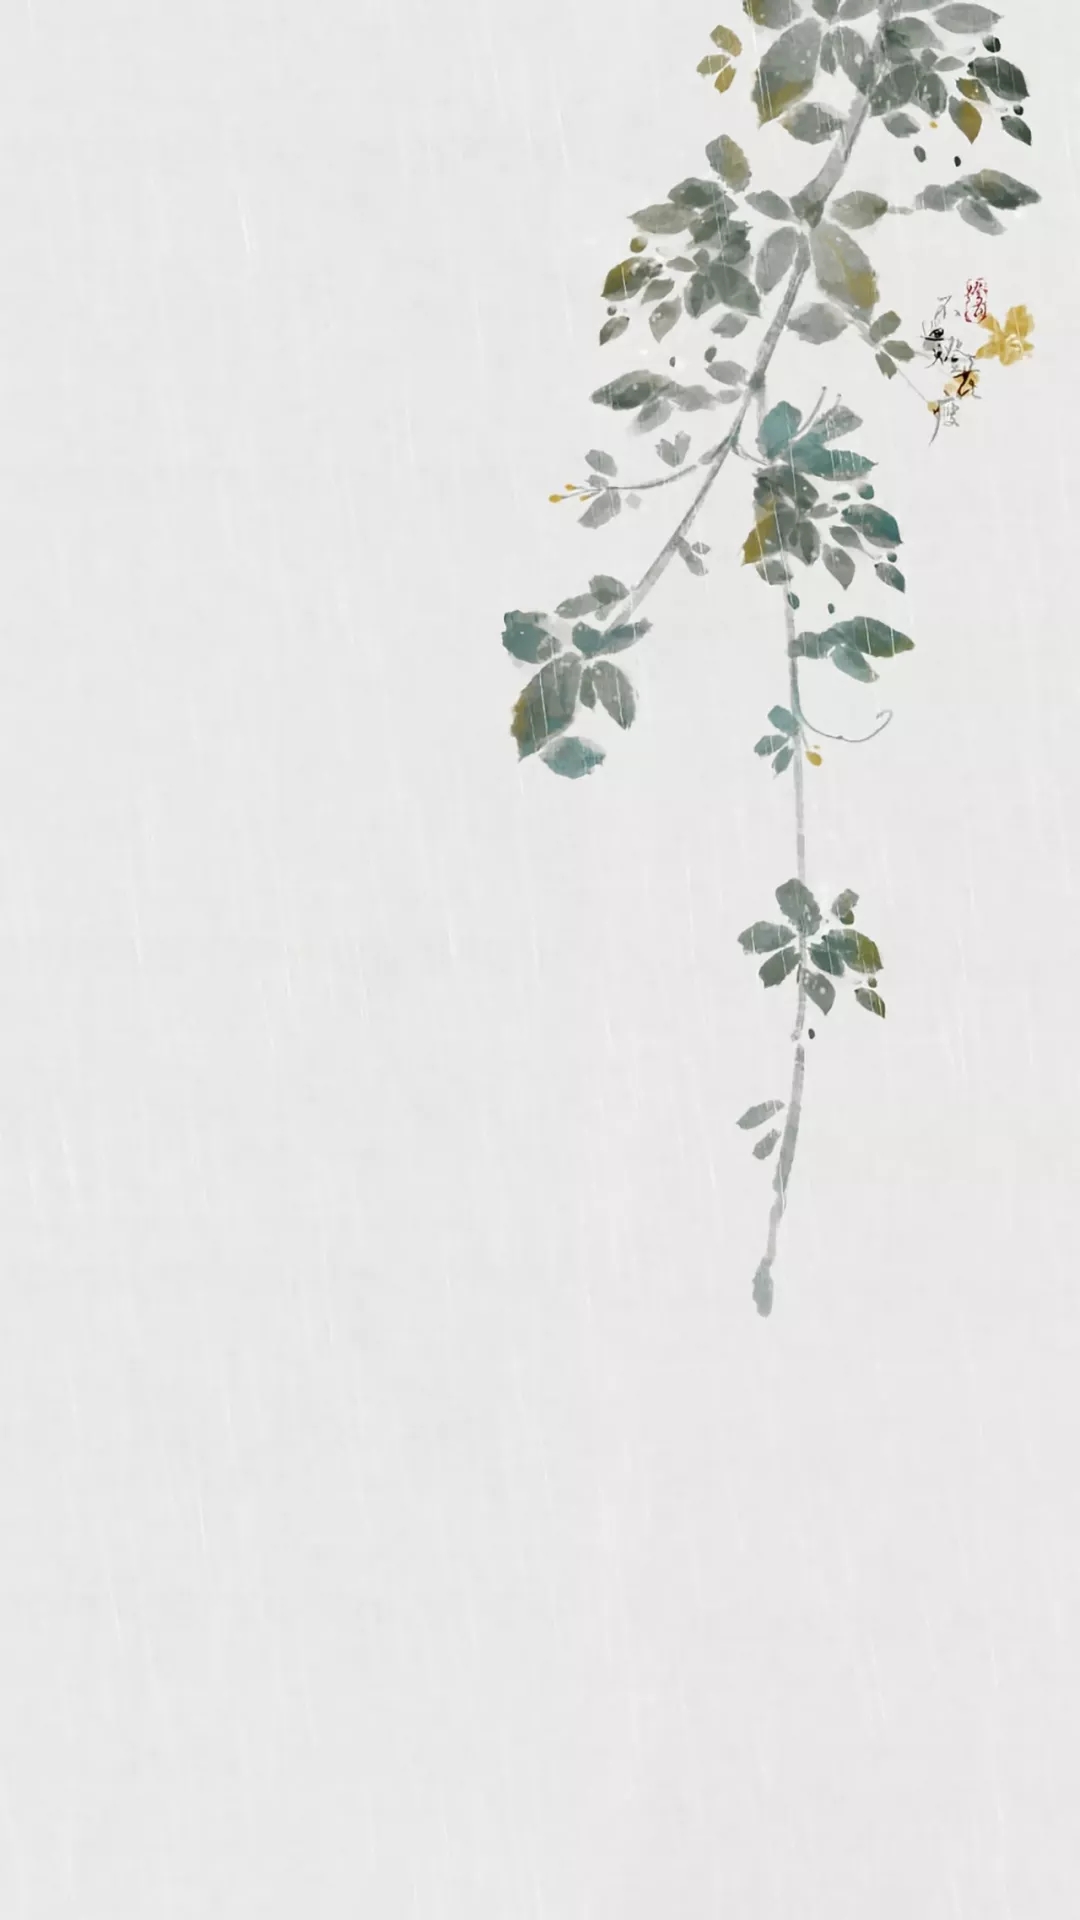
棠梨花映白杨树，尽是死生别离处。